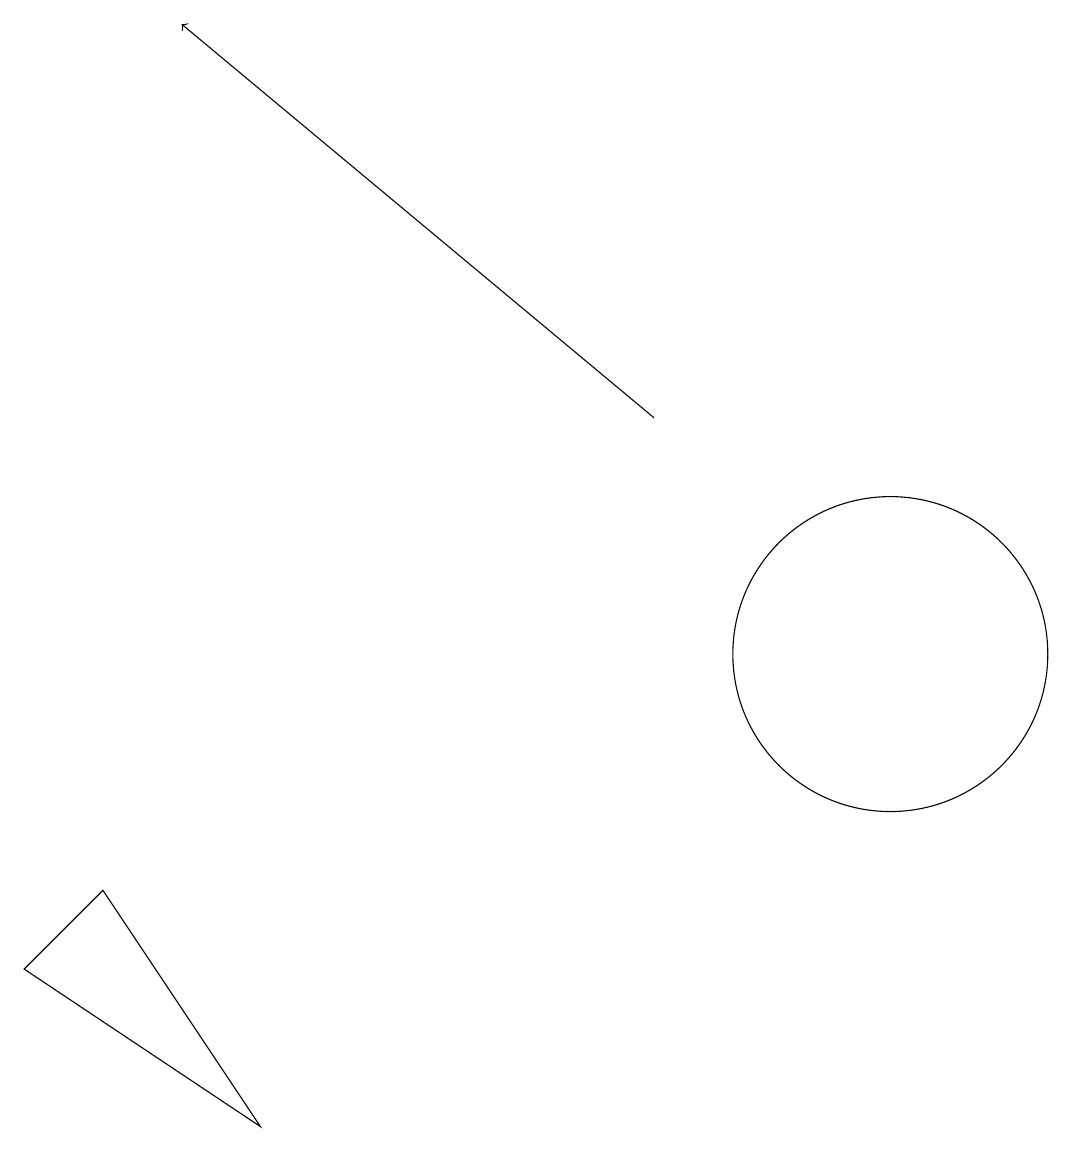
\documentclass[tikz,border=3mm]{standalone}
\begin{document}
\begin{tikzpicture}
\draw[->] (8,13) -- (2,18);
\draw (0,6) -- (3,4) -- (1,7) -- cycle;
\draw (11,10) circle (2);
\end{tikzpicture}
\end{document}